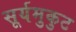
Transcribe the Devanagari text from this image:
सूर्यमुकुट